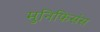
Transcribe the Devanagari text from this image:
मुनिफिसंस